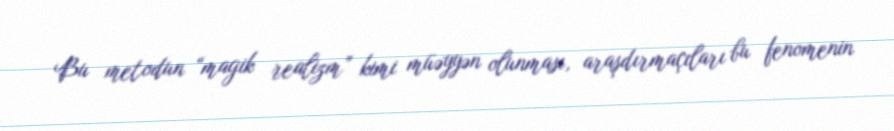
Bu metodun “magik realizm” kimi müəyyən olunması, araşdırmaçıları bu fenomenin